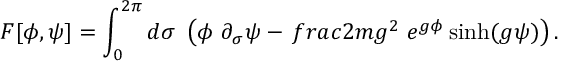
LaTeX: F [ \phi , \psi ] = \int _ { 0 } ^ { 2 \pi } d \sigma ~ \left( \phi ~ \partial _ { \sigma } \psi - { \, f r a c { 2 m } { g ^ { 2 } } } ~ e ^ { g \phi } \sinh ( g \psi ) \right) .